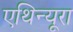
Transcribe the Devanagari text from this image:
एथिन्यूरा